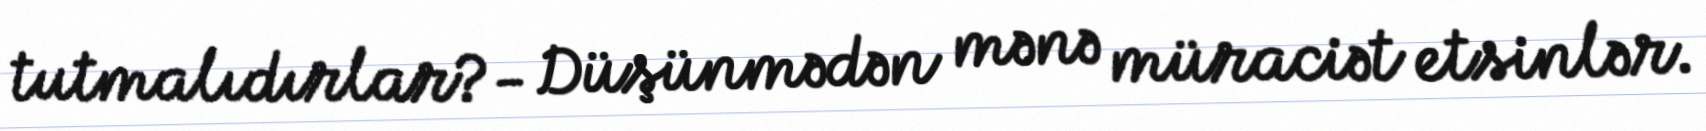
tutmalıdırlar?- Düşünmədən mənə müraciət etsinlər.